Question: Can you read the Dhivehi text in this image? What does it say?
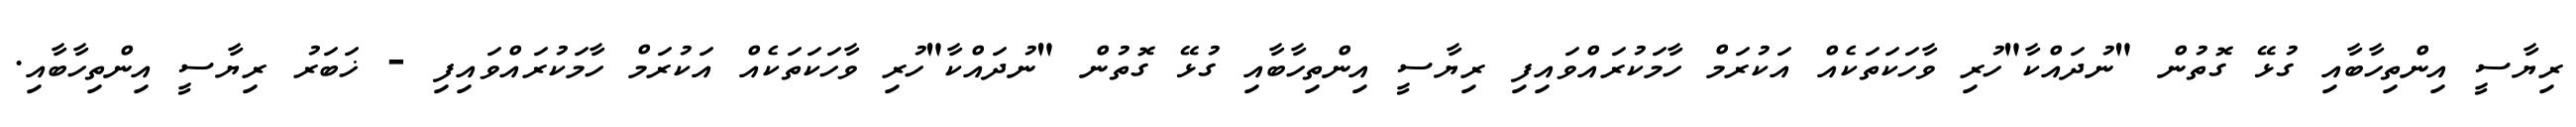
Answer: ރިޔާސީ އިންތިހާބާއި ގުޅޭ ގޮތުން "ނުދައްކާ"ހުރި ވާހަކަތަކެއް އަކުރަމް ހާމަކުރައްވައިފި ރިޔާސީ އިންތިހާބާއި ގުޅޭ ގޮތުން "ނުދައްކާ"ހުރި ވާހަކަތަކެއް އަކުރަމް ހާމަކުރައްވައިފި - ޚަބަރު ރިޔާސީ އިންތިހާބާއި.